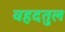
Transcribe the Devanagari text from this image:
वहदतुल